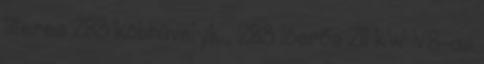
literes 283 köbhüvelyk , 283 lóerős 211 kW V8-as